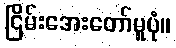
ငြိမ်းအေးတော်မူပုံ။